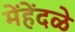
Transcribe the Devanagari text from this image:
मेंहेंदळे